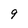
Character: 9